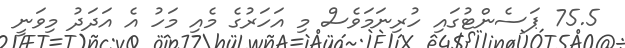
75.5 ޕަސެންޓުގައި ހުރިނަމަވެސް މި އަހަރުގެ މެއި މަހު އެ އަދަދު މިވަނީ